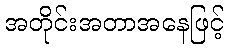
အတိုင်းအတာအနေဖြင့်